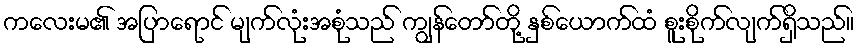
ကလေးမ၏ အပြာရောင် မျက်လုံးအစုံသည် ကျွန်တော်တို့ နှစ်ယောက်ထံ စူးစိုက်လျက်ရှိသည်။